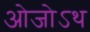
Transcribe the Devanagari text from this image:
ओजोऽथ